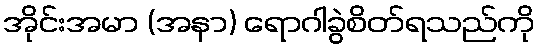
အိုင်းအမာ (အနာ) ရောဂါခွဲစိတ်ရသည်ကို